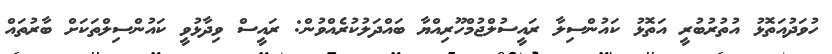
ހުވަދުއަތޮޅު އުތުރުބުރީ އަތޮޅު ކައުންސިލާ ރައީސުލްޖުމްހޫރިއްޔާ ބައްދަލުކުރެއްވުން: ރައީސް ވިދާޅުވީ ކައުންސިލްތަކަށް ބާރުތައް